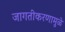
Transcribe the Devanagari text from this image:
जागतीकरणामुळे